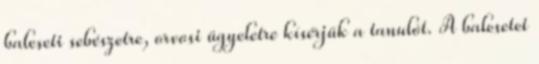
baleseti sebészetre, orvosi ügyeletre kísérjük a tanulót. A balesetet